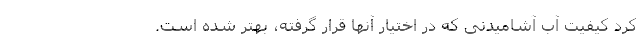
کرد کیفیت آب آشامیدنی که در اختیار آنها قرار گرفته، بهتر شده‌ است.